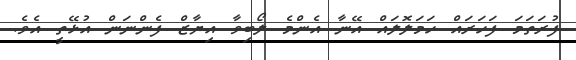
ފުރަތަމަ ފަހަރައް ހަމަލޮލައް އޭނާ އެންމެ ލޯބިވާ އިޔާޒް ފެންނަން އުޅޭތީ އެވެ.